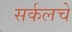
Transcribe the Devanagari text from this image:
सर्कलचे